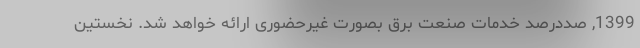
1399, صددرصد خدمات صنعت برق بصورت غیرحضوری ارائه خواهد شد. نخستین